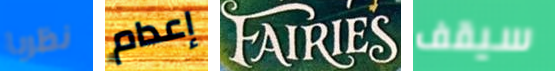
نظريا إعدام FAIRIES سيقف